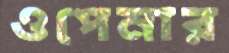
ওপেনার